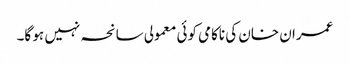
عمران خان کی ناکامی کوئی معمولی سانحہ نہیں ہو گا۔